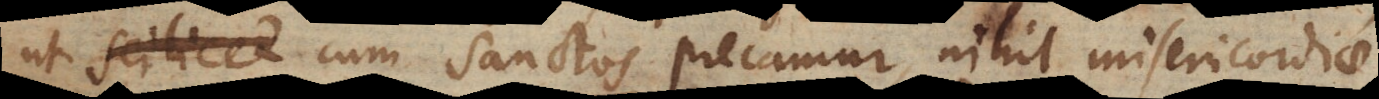
ut cum Sanctos precamur nihil misericordiae